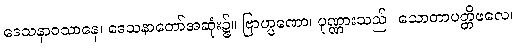
ဒေသနာဝသာနေ၊ ဒေသနာတော်အဆုံး၌။ ဗြာဟ္မဏော၊ ပုဏ္ဏားသည်။ သောတာပတ္တိဖလေ၊